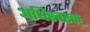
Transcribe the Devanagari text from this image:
अधिस्वरक